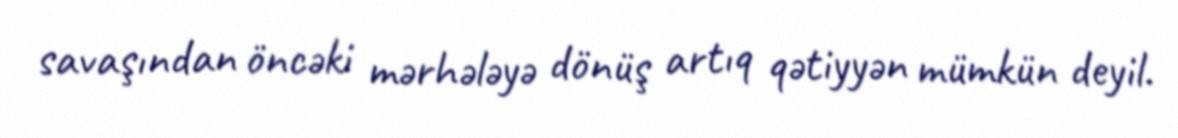
savaşından öncəki mərhələyə dönüş artıq qətiyyən mümkün deyil.